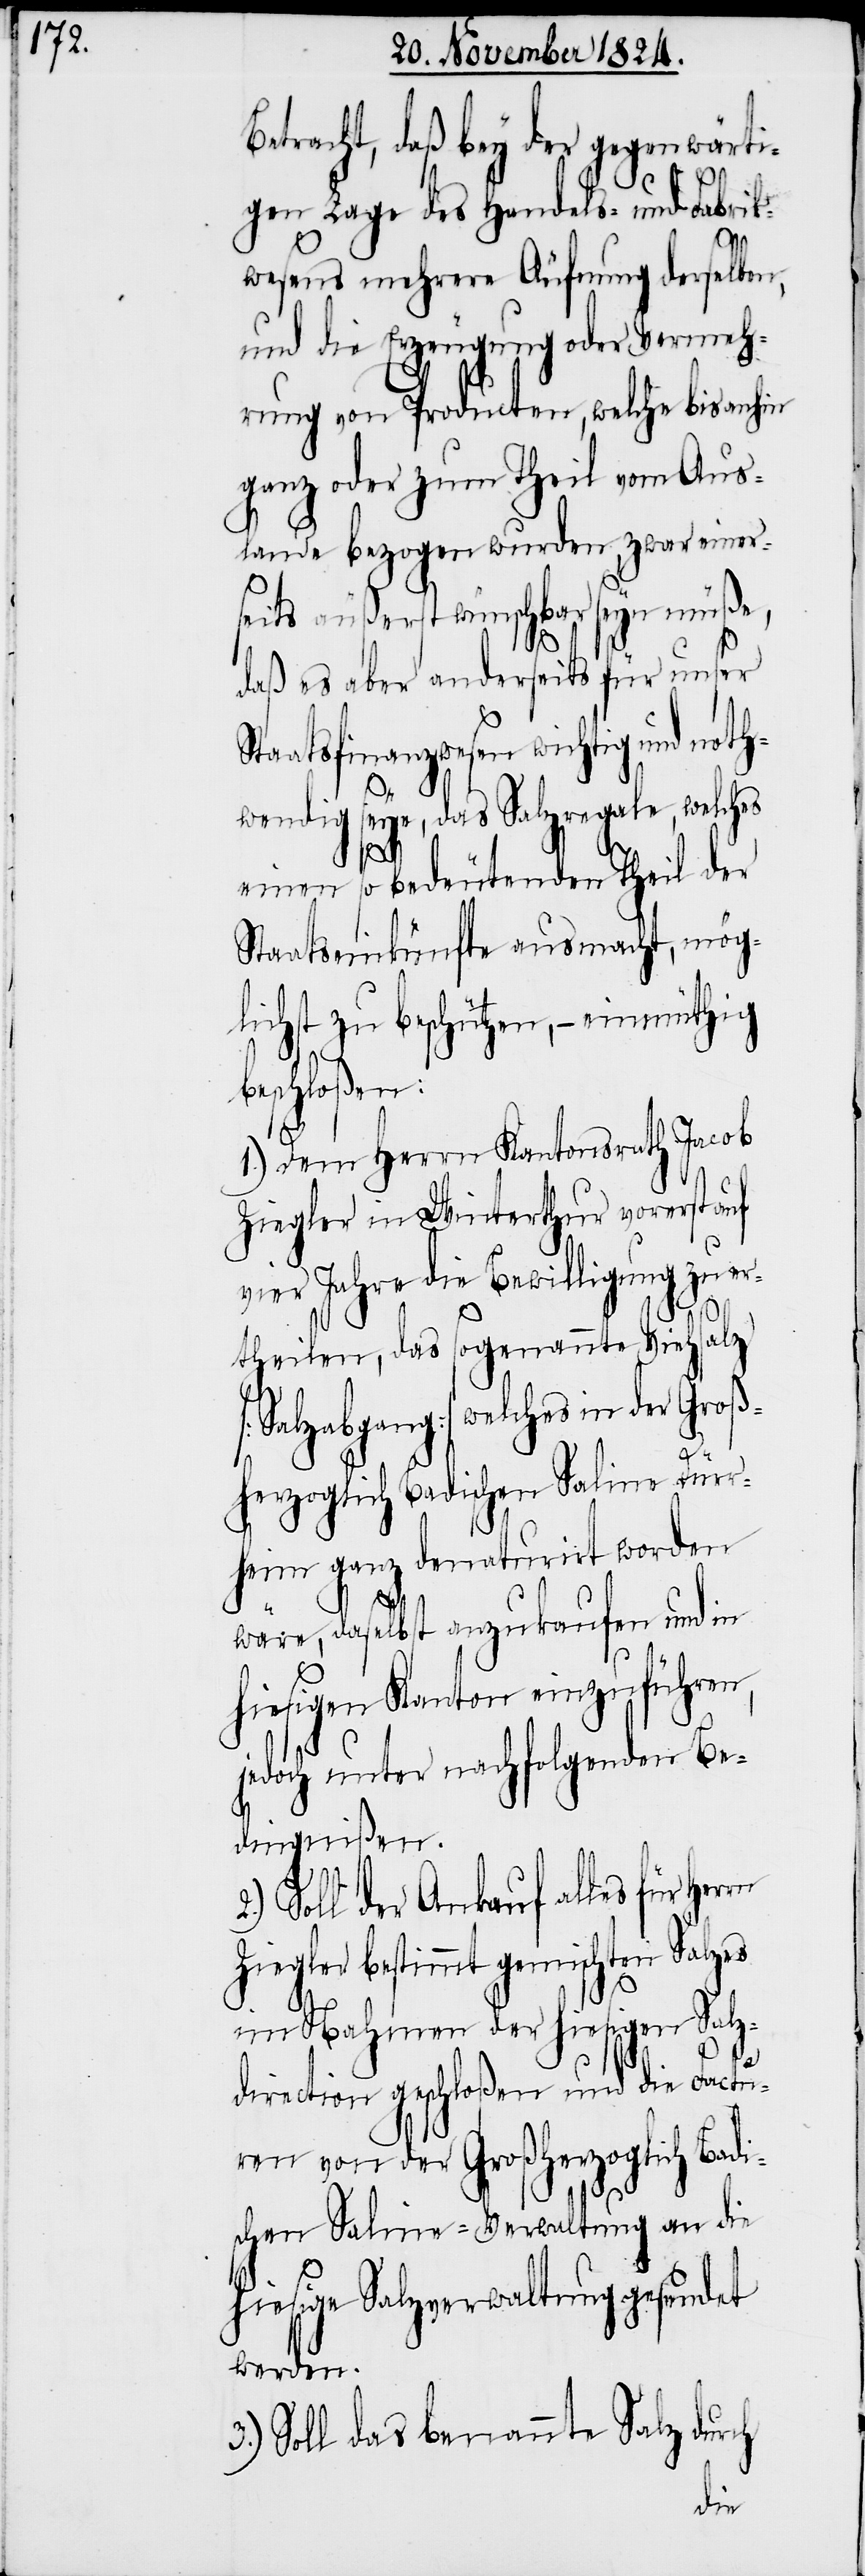
Betracht, daß bey der gegenwärti¬
gen Lage des Handels- und Fabrik¬
wesens mehrere Äufnung derselben,
und die Erzeugung oder Vermeh¬
rung von Producten, welche bis anhin
ganz oder zum Theil vom Aus¬
lande bezogen wurden, zwar einer¬
seits äußerst wünschbar seyn müße,
daß es aber anderseits für unser
Staatsfinanzwesen wichtig und noth¬
wendig seye, das Salzregale, welches
einen so bedeutenden Theil der
Staatseinkünfte ausmacht, mög¬
lichst zu beschützen, – einmüthig
beschloßen:
1.) Dem Herrn Kantonsrath Jacob
Ziegler in Winterthur vorerst auf
vier Jahre die Bewilligung zu er¬
rn
theilen, das sogenannte Viehsalz
[Salzabgang] welches in der Groß¬
herzoglich Badischen Saline Dürr¬
heim ganz denaturirt worden
wäre, daselbst anzukaufen und in
hiesigen Kanton einzuführen,
jedoch unter nachfolgenden Be¬
dingnißen.
Soll der Ankauf alles für Her¬
Zielger bestimmt gemischten Salzes
im Nahmen der hiesigen Salz¬
direction geschloßen und die Factu¬
ren von der Großherzoglich Badi¬
schen Saline-Verwaltung an die
hiesige Salzverwaltung gesendet
werden.
3.) Soll das benannte Salz durch